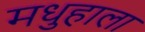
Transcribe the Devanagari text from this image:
मधुहाला